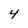
Character: 4